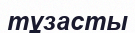
тұзасты